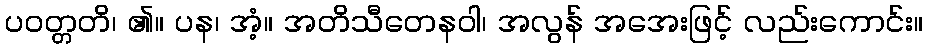
ပဝတ္တတိ၊ ၏။ ပန၊ အံ့။ အတိသီတေနဝါ၊ အလွန် အအေးဖြင့် လည်းကောင်း။